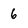
Character: 6